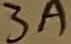
Text: 3A